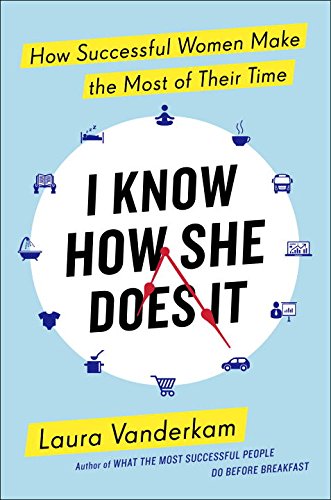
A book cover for I Know How She Does It: How Successful Women Make the Most of Their Time; Laura Vanderkam; Self-Help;